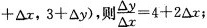
+△τ，3+△y )，则 $$ \fra { \ Delta y}{\Delta x } = 4+2 \Delta x$$ ；